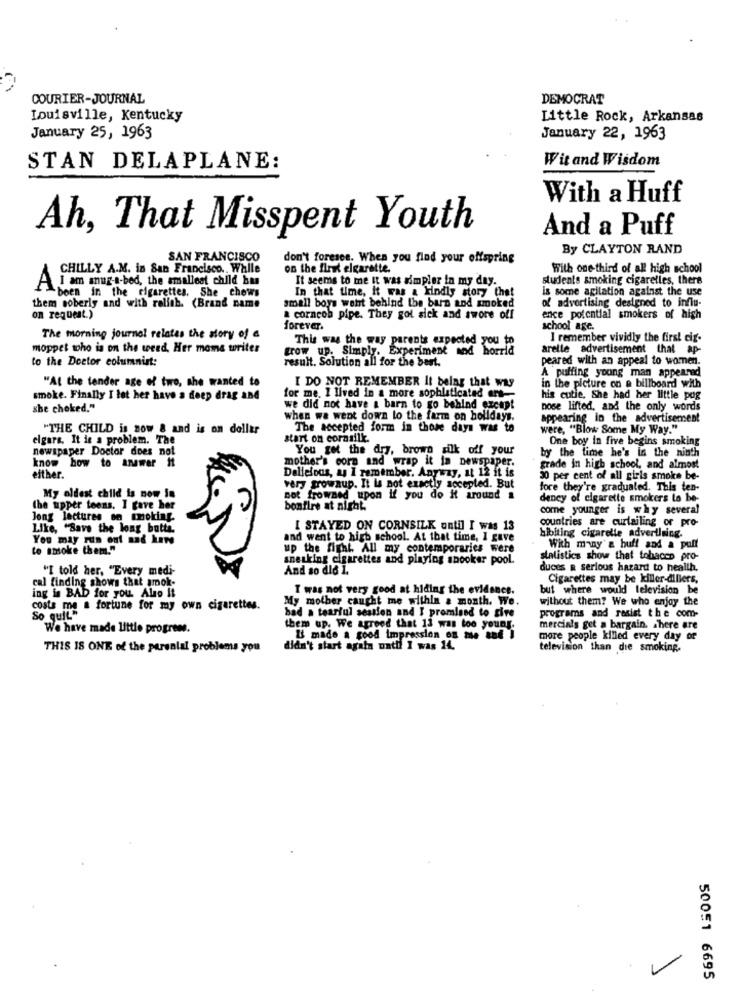
COURIER-JOURNAL
DEMOCRAT
Louisville, Kentucky
Little Rock, Arkansas
January 25, 1963
January 22, 1963
Witand Wisdom
STAN DELAPLANE:
With a Huff
Ah, That Misspent Youth
And a Puff
By CLAYTON RAND
SAN FRANCISCO
don't foresee. When you find your offspring
CHILLY A.M. in San Francisco .. Walle
on the first elgarette.
With one-third of all high school
It seems to me it was simpler in my day.
students smoking cigarelles, there
A i am anuga-bed, the smallest child hun
In that time, it was a kindly story that
is some agitation against the use
-been in the cigarettes. She chews
of advertising designed to influ-
them soberly and with ralith. (Brand name
small boys weht behind the barn and smoked
on request.)
a corncob pipe. They got sick and swore off
ence potential smokers of high
forever.
school age.
The morning journal relates the story of a
This was the way parents expected you to
I remember vividly the first cit-
moppet who is on the weed, Her mame writer
grow up. Simply. Experiment and horrid
arelle advertisement that ap-
to the Doctor columnist:
peared with an appeal to women.
result. Solution all for the best.
A puffing young man appeared
"At the tender age of two, she wanted to
I DO NOT REMEMBER It belag that way
in the picture on a billboard with
smoke. Finally I let her have a deep drag and
for me. I lived in a more sophisticated ers-
his cutie, She had her little pug
she choked."
we did not have a barn to go behind except
nose lifted, and the only words
when we went down to the farm on holidays.
appearing in the advertisement
"THE CHILD is now & and is on dollar
The accepted form in those days was to
were, "Blow Some My Way."
elgars. It is a problem. The
start on coranilk.
One boy in five begins smoking
newspaper Doctor does not
You got the dry, brown silk off your
know how to answer it
mother's corn and wrap it in newspaper.
by the time he's in the ninth
Delicious, as I remember. Anyway, at 12 it is
grade in high school, and almost
either.
30 per cent of all girls smoke be-
very grownup. It la not exactly accepted. But
fore they're gradualed. This ten-
My oldest child is now in
not frowned upon if you do it around a
dency of cigarette smokers to be-
the upper teens. I gave her
bonfire at night.
come younger is why several
Jong lectures on smoking.
countries are curtailing or pro-
Like, "Save the long batte.
[ STAYED ON CORNSILK ontil I was 13
You may run out and here
and went to high school. At that time, I gave
bibiting cigarette advertising.
to smoke them."
up the fight. All my contemporaries were
With many'& huff and a puff
sneaking cigarettes and playing snooker pool.
statistics show that tobacco pro-
"I told her, "Every medi-
And so did I.
duces R serious hazard to health.
Cigarettes may be killer-dillers.
ing is BAD for you. Also it
cal finding shows that amok-
T was not very good at hiding the evidence.
but where would television be
My mother caught me within a month. We.
without them? We who enjoy the
costs me a fortune for my own cigarettes.
bad a tearful session and I promised to give
So quiL"
programs and resist the com-
We have made little progress.
them up. We agreed that 13 was too young.
mercials get a bargain. There are
& made a good impression on me and i
more people killed every day of
THIS IS ONE of the parental problems you
didn't start again until I was 14.
television than die smoking.
S699 LS00S